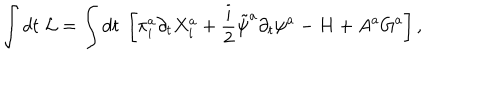
\int d t \; { \cal L } = \int d t \; \left[ \pi _ { i } ^ { a } \partial _ { t } X _ { i } ^ { a } + \frac { i } { 2 } \tilde { \psi } ^ { a } \partial _ { t } \psi ^ { a } - H + A ^ { a } G ^ { a } \right] ,